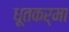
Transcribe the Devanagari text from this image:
धूतकर्मा